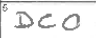
Transcription: DCO